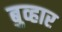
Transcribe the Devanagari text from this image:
बुव्हार